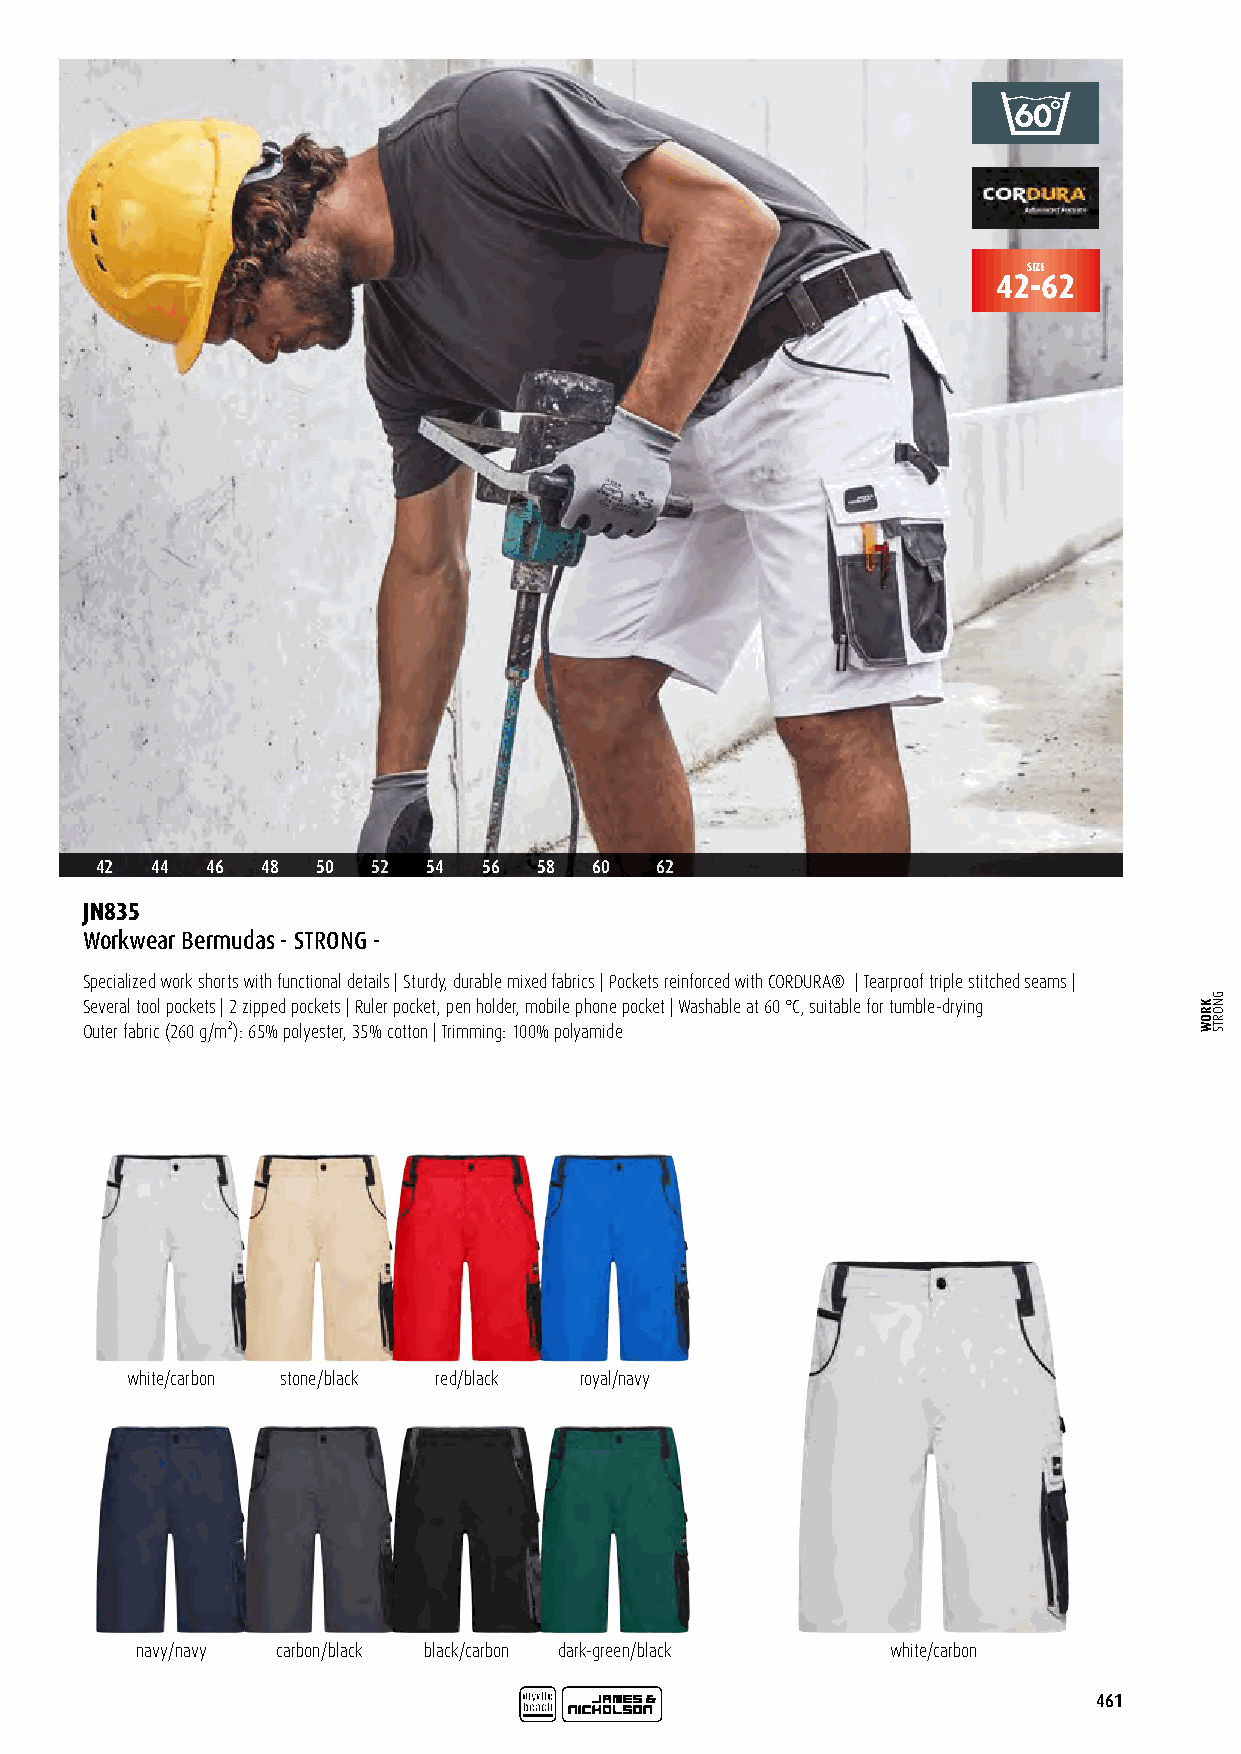
SIZE
 42-62
 42  44  46 48  50  52 54  56  58 60  62
 JN835
 Workwear Bermudas - STRONG -
 Specialized work shorts with functional details | Sturdy, durable mixed fabrics | Pockets reinforced with CORDURA® | Tearproof triple stitched seams |
 Several tool pockets | 2 zipped pockets | Ruler pocket, pen holder, mobile phone pocket | Washable at 60 °C, suitable for tumble-drying
 Outer fabric (260 g/m²): 65% polyester, 35% cotton | Trimming: 100% polyamide
 white/carbon stone/black red/black royal/navy
 navy/navy carbon/black black/carbon dark-green/black white/carbon
 461
 KROW
 GNORTS